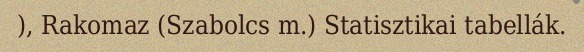
), Rakomaz (Szabolcs m.) Statisztikai tabellák.